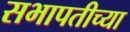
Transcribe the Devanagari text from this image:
सभापतीच्या